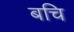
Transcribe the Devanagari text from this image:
बचि